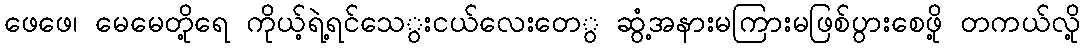
ဖေဖေ၊ မေမေတို့ရေ ကိုယ့်ရဲ့ရင်သေွးငယ်လေးတေွ ဆွံ့အနားမကြားမဖြစ်ပွားစေဖို့ တကယ်လို့